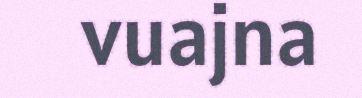
vuajna